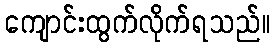
ကျောင်းထွက်လိုက်ရသည်။